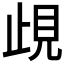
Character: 𧠛